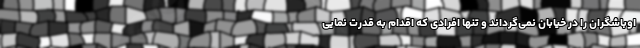
اوباشگران را در خیابان نمی‌گرداند و تنها افرادی که اقدام به قدرت نمایی